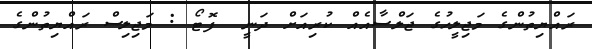
ރައްޔިތުންގެ މަޖިލީހުގެ ޖަލްސާއެއް ކުރިއަށް ދަނީ  ފޮޓޯ : މަޖިލިސް ރައްޔިތުންގެ